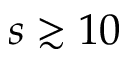
s \gtrsim 1 0